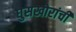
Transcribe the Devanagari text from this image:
घुसखोरांची